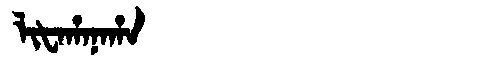
Manchu: ᠯᡳᡶᠠᡥᠠᠨᠠᡥᠠ
Romanization: LIFAHANAHA